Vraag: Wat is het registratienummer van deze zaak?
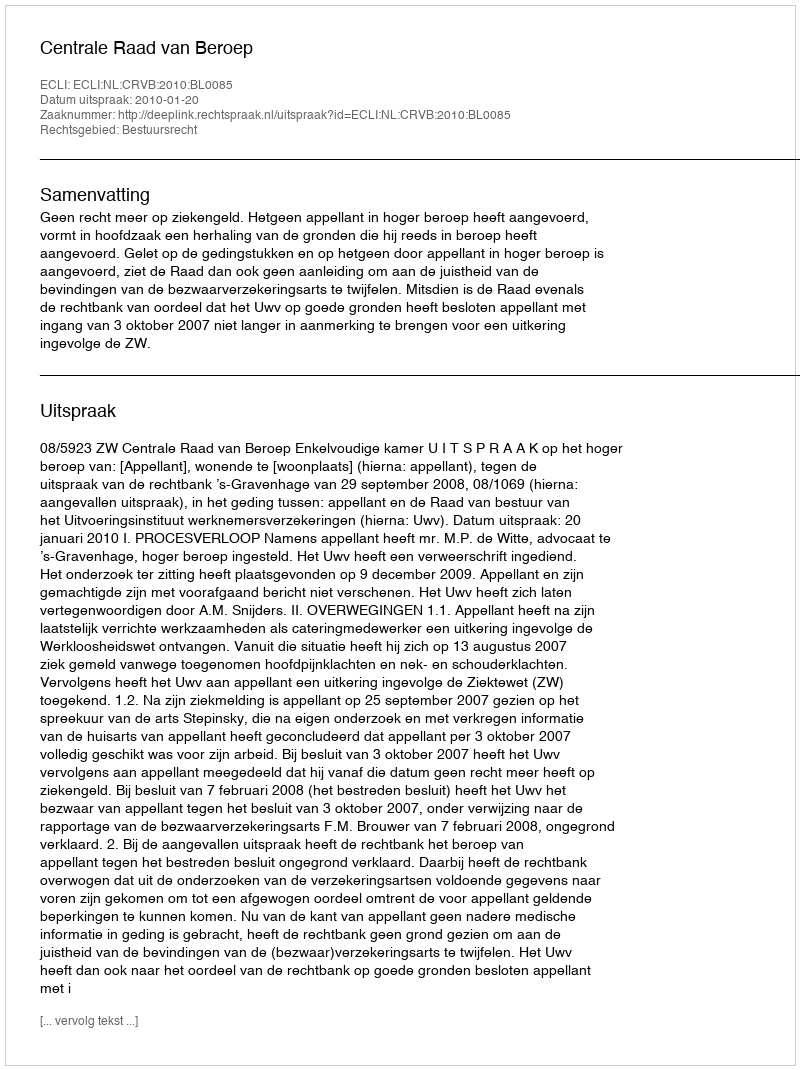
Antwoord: http://deeplink.rechtspraak.nl/uitspraak?id=ECLI:NL:CRVB:2010:BL0085